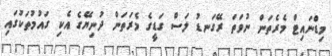
މިޑްނައިޓް މެރެތަން ނުވަތަ ރޭގަނޑު ލަސް ގަޑީގެ މެރަތަން ދުނިޔޭގެ އެކި ގައުމުތަކުގައި